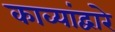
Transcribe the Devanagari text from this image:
काव्यांद्वारे